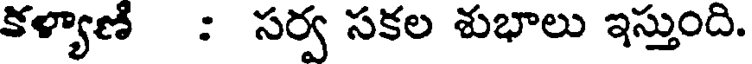
కళ్యాణి : సర్వ సకల శుభాలు ఇస్తుంది.